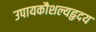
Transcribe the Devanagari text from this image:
उपायकौशल्यहृदय